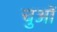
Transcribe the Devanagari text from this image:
चुओं